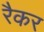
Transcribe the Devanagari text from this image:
रैकर